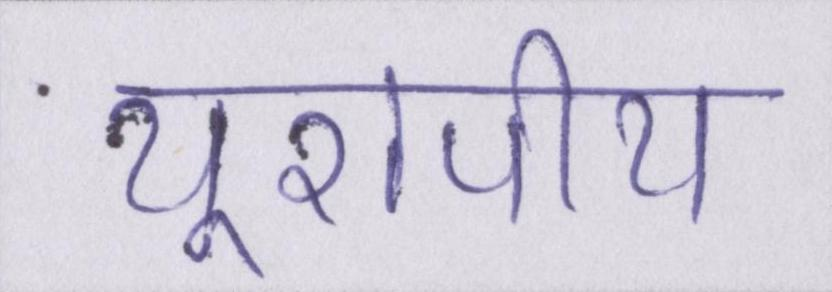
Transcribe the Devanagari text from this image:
यूरोपीय